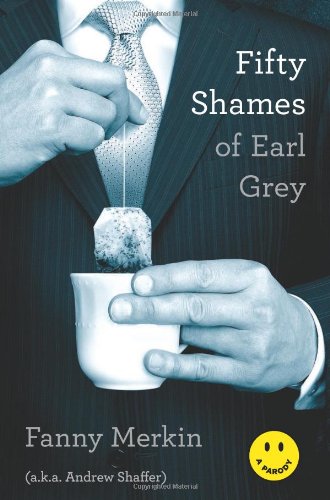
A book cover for Fifty Shames of Earl Grey: A Parody; Fanny Merkin; Romance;